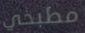
مطبخي